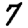
Digit: 7